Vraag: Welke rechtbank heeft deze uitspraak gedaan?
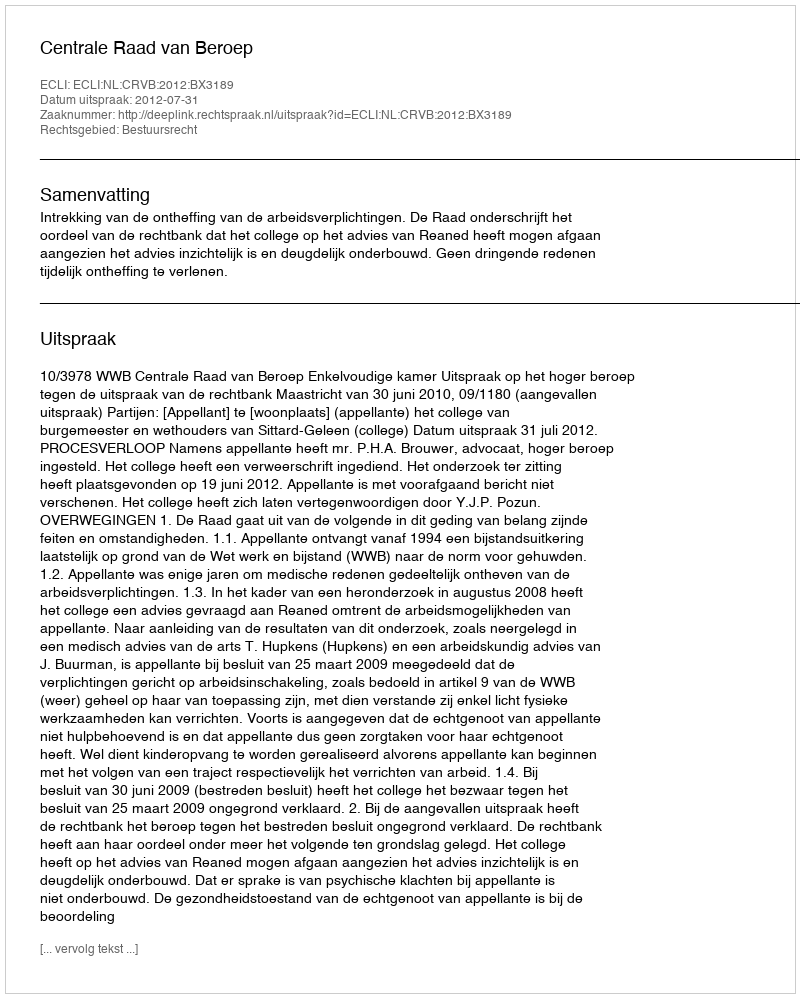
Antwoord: Centrale Raad van Beroep